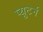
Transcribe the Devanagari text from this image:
प्यूटर्न